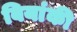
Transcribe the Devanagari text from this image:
बियांकी